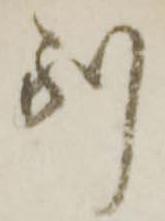
別